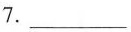
7.___